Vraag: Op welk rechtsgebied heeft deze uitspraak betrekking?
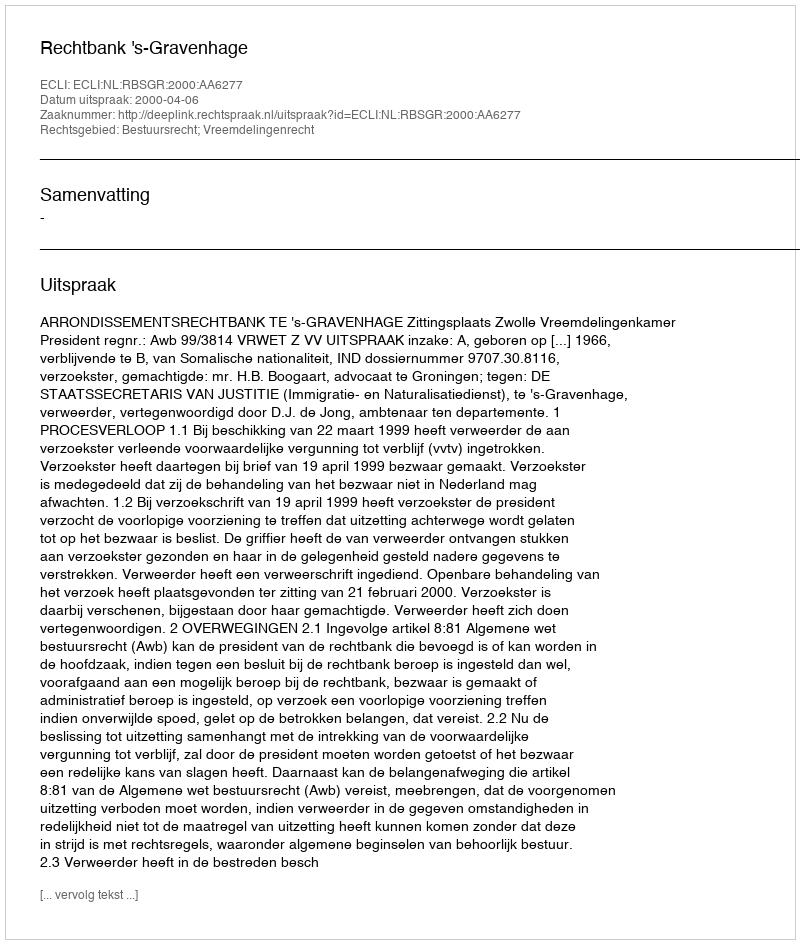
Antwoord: Bestuursrecht; Vreemdelingenrecht